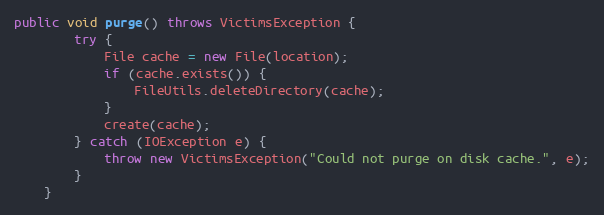
Language: Java
public void purge() throws VictimsException {
        try {
            File cache = new File(location);
            if (cache.exists()) {
                FileUtils.deleteDirectory(cache);
            }
            create(cache);
        } catch (IOException e) {
            throw new VictimsException("Could not purge on disk cache.", e);
        }
    }